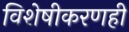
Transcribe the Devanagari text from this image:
विशेषीकरणही